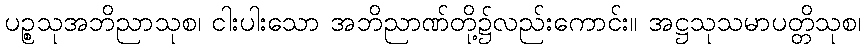
ပဉ္စသုအဘိညာသုစ၊ ငါးပါးသော အဘိညာဏ်တို့၌လည်းကောင်း။ အဋ္ဌသုသမာပတ္တိသုစ၊